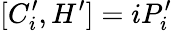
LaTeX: [C_{i}^{\prime},H^{\prime}]=iP_{i}^{\prime}\,